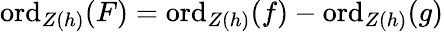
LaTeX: {\mathrm{ord}}_{Z(h)}(F)={\mathrm{ord}}_{Z(h)}(f)-{\mathrm{ord}}_{Z(h)}(g)